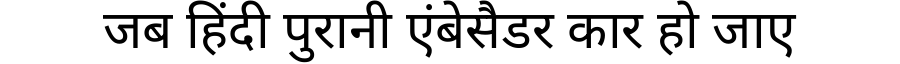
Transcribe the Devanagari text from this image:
जब हिंदी पुरानी एंबेसैडर कार हो जाए